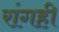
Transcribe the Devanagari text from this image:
रांगही